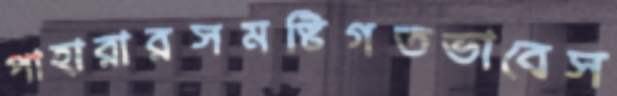
পাহারারসমষ্টিগতভাবেস